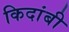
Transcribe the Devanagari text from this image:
किदांबी